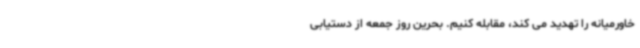
خاورمیانه را تهدید می کند، مقابله کنیم. بحرین روز جمعه از دستیابی